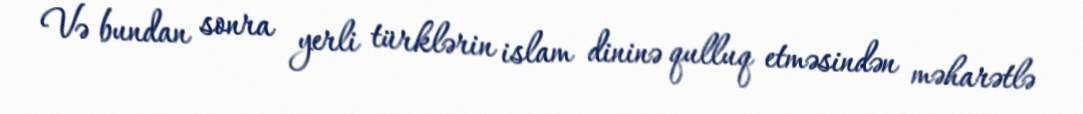
Və bundan sonra yerli türklərin islam dininə qulluq etməsindən məharətlə